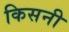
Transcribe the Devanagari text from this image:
किसनी